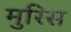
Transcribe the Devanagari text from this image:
मुरिस